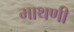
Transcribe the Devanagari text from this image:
माथणी